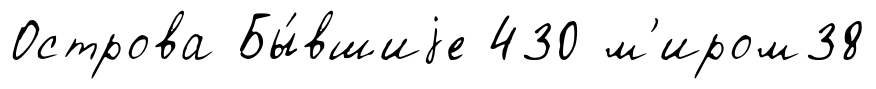
Острова Бы́вшиjе 430 м'иром38